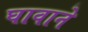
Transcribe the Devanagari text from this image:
घावाने